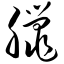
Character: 腊